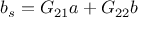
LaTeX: b _ { s } = G _ { 2 1 } a + G _ { 2 2 } b